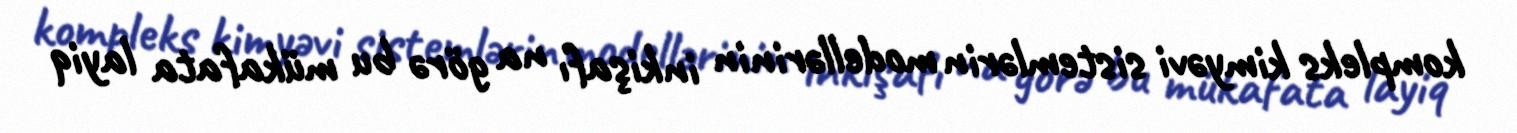
kompleks kimyəvi sistemlərin modellərinin inkişafı na görə bu mükafata layiq